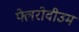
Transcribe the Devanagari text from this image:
फ्लेरोवीउम